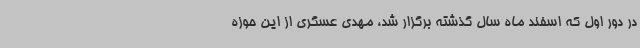
در دور اول که اسفند ماه سال گذشته برگزار شد، مهدی عسگری از این حوزه